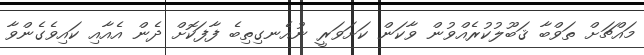
މައްޗަށް ތަވްބާ ޤަބޫލުކުރެއްވުން ވާކަން ކަށަވަރީ ނުއެނގިތިބެ ފާފަކޮށް ދެން އެއާއި ކައިވެގެންވާ